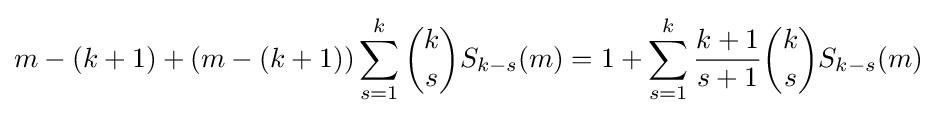
m-(k+1)+(m-(k+1))\sum _{s=1}^{k}{\binom {k}{s}}S_{k-s}(m)=1+\sum _{s=1}^{k}{\frac {k+1}{s+1}}{\binom {k}{s}}S_{k-s}(m)